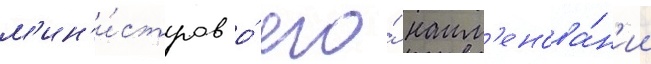
м'ин'и́стров о́ его́ наим'енова́н'ии